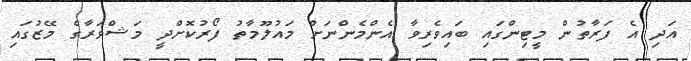
އަދި އެ ފަރާތުން މީޓިންގައި ބައިވެރިވާ އެންމެންނަށް މައުލޫމާތު ފޯރުކޮށްދީ މަޝްވަރާގެ މޭޒުގައި